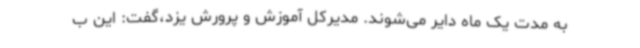
به مدت یک ماه دایر می‌شوند. مدیرکل آموزش و پرورش یزد،‌گفت:‌ این ب